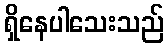
ရှိနေပါသေးသည်